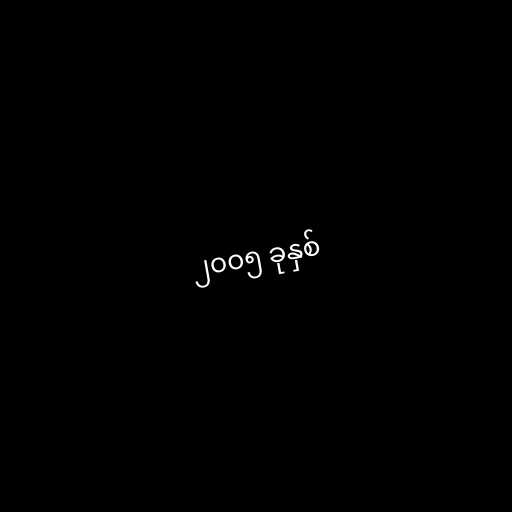
၂၀၀၅ ခုနှစ်